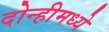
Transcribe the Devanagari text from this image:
दोन्हीमध्ये